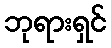
ဘုရားရှင်